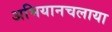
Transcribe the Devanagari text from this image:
अभियानचलाया